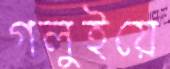
গলুইয়ে